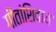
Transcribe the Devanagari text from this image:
गीतांशिवाय